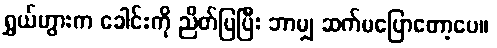
ရွှယ်ဟွားက ခေါင်းကို ညိတ်ပြပြီး ဘာမျှ ဆက်မပြောတော့ပေ။